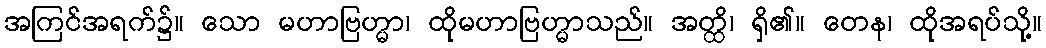
အကြင်အရက်၌။ သော မဟာဗြဟ္မာ၊ ထိုမဟာဗြဟ္မာသည်။ အတ္ထိ၊ ရှိ၏။ တေန၊ ထိုအရပ်သို့။